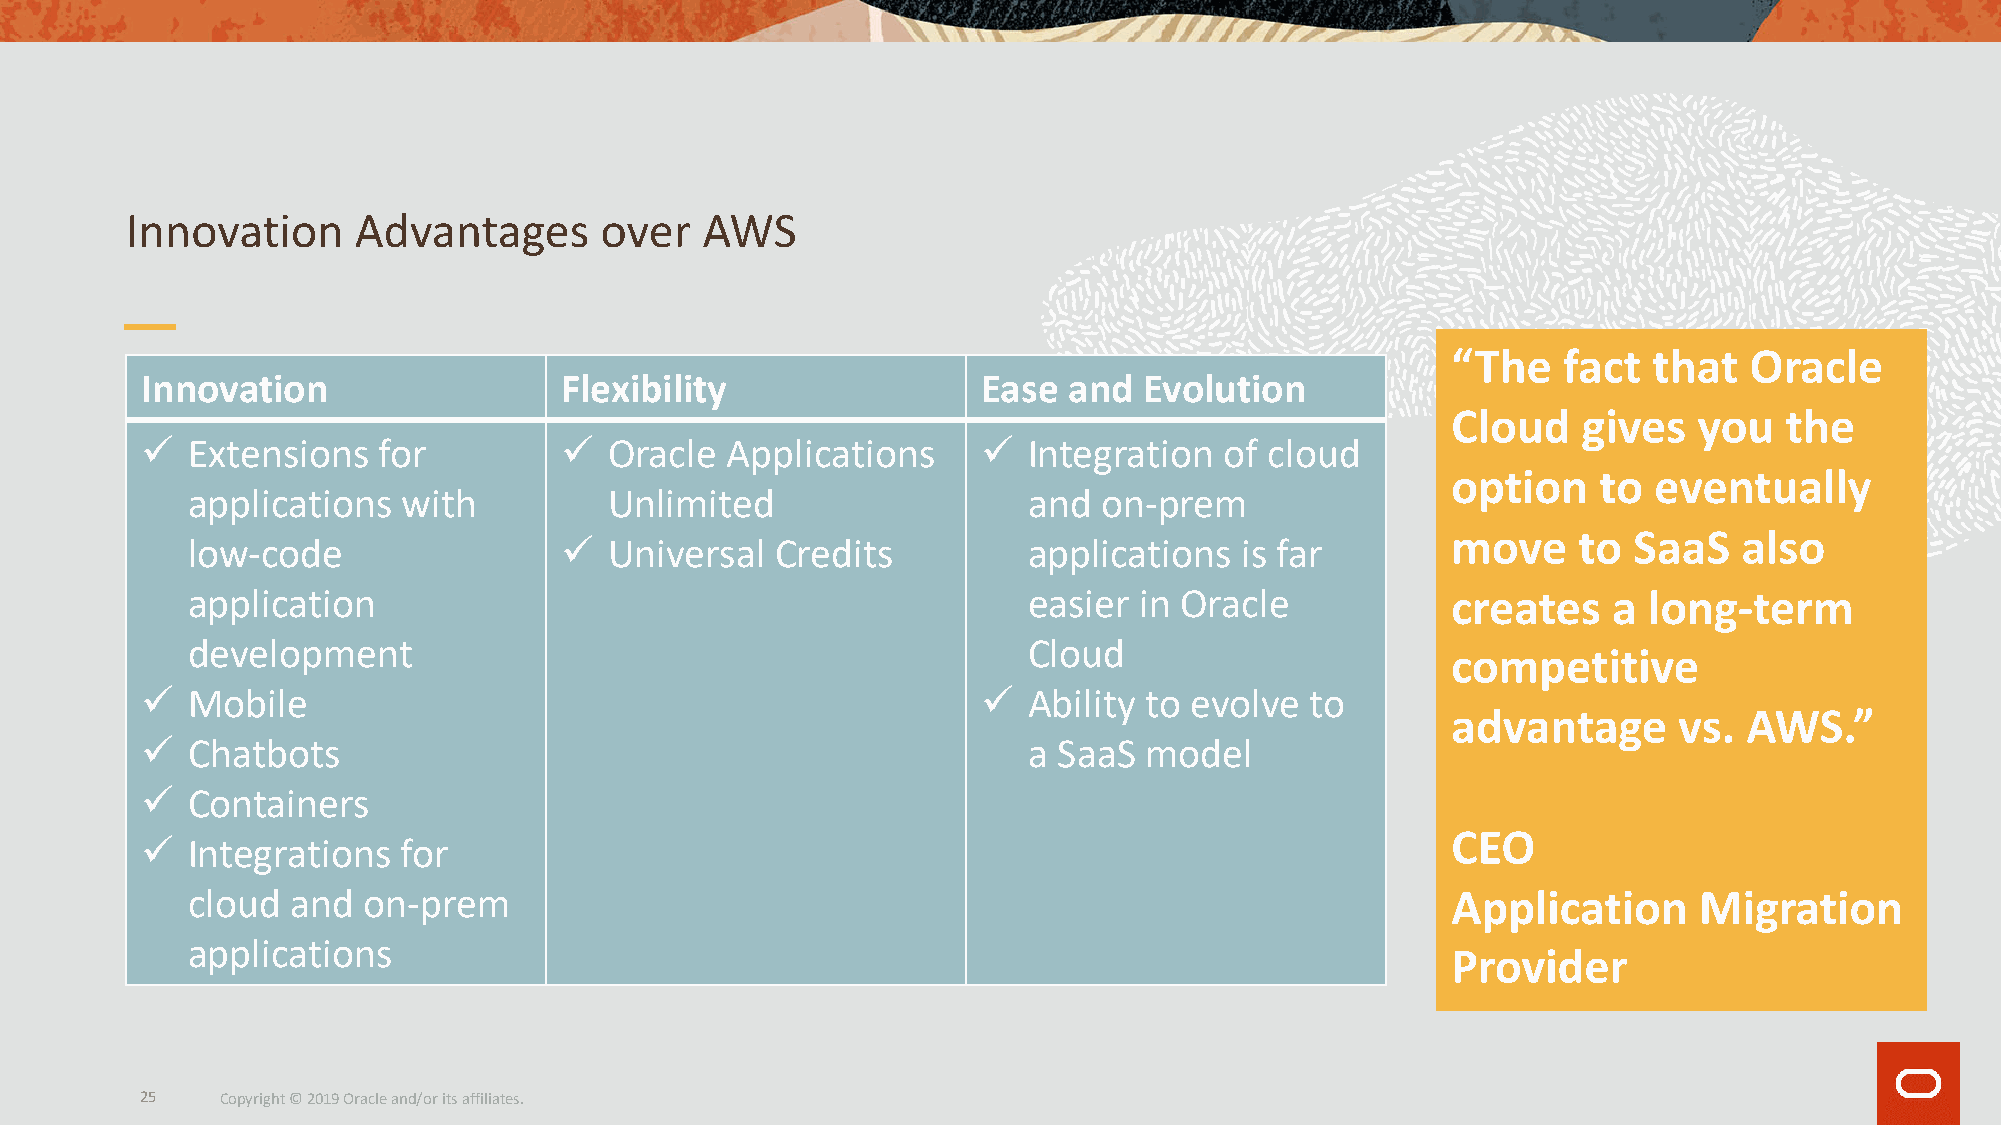
Innovation     Advantages       over  AWS
 “The   fact  that   Oracle
 Innovation                  Flexibility                 Ease  and  Evolution
 Cloud    gives  you   the
 ü  Extensions   for         ü  Oracle  Applications     ü  Integration  of cloud
 option    to eventually
 applications   with         Unlimited                   and  on-prem
 move    to  SaaS   also
 low-code                 ü  Universal  Credits          applications  is far
 application                                             easier in Oracle            creates    a long-term
 development                                             Cloud
 competitive
 ü  Mobile                                               ü  Ability to evolve  to
 advantage      vs.  AWS.”
 ü  Chatbots                                                a SaaS  model
 ü  Containers
 CEO
 ü  Integrations   for
 cloud  and  on-prem                                                                 Application     Migration
 applications
 Provider
 25    Copyright © 2019 Oracle and/or its affiliates.